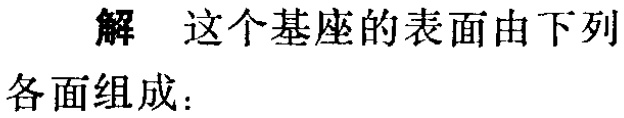
解 这个基座的表面由下列各面组成：